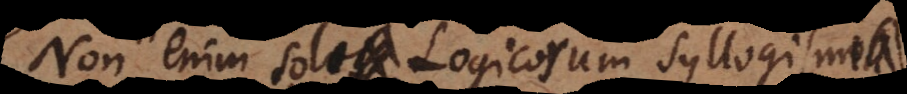
Non enim solos Logicorum Syllogismos